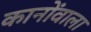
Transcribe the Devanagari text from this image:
कानोंवाला